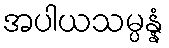
အပါယသမ္ပန္နံ